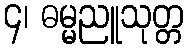
၄၊ ဓမ္မညူသုတ္တ